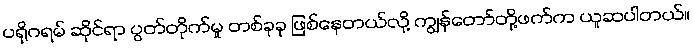
ပရိုဂရမ် ဆိုင်ရာ ပွတ်တိုက်မှု တစ်ခုခု ဖြစ်နေတယ်လို့ ကျွန်တော်တို့ဖက်က ယူဆပါတယ်။